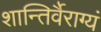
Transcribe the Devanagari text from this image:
शान्तिर्वैराग्यं